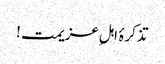
تذکرۂ اہلِ عزیمت !